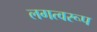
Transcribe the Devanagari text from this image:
लगत्वरूप